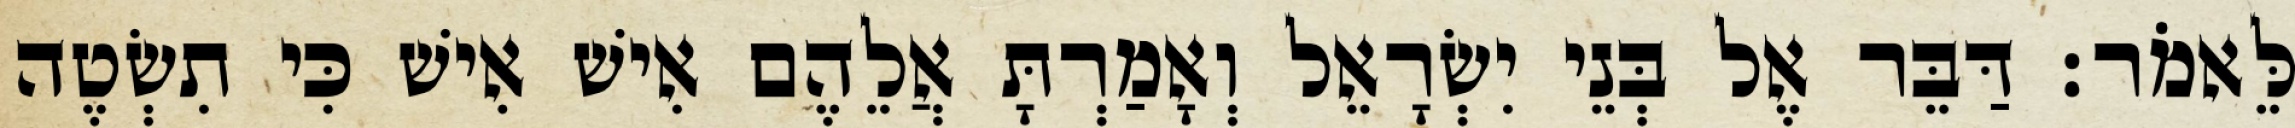
לֵּאמֹר׃ דַּבֵּר אֶל בְּנֵי יִשְׂרָאֵל וְאָמַרְתָּ אֲלֵהֶם אִישׁ אִישׁ כִּי תִשְׂטֶה